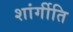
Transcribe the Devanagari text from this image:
शांर्गीति